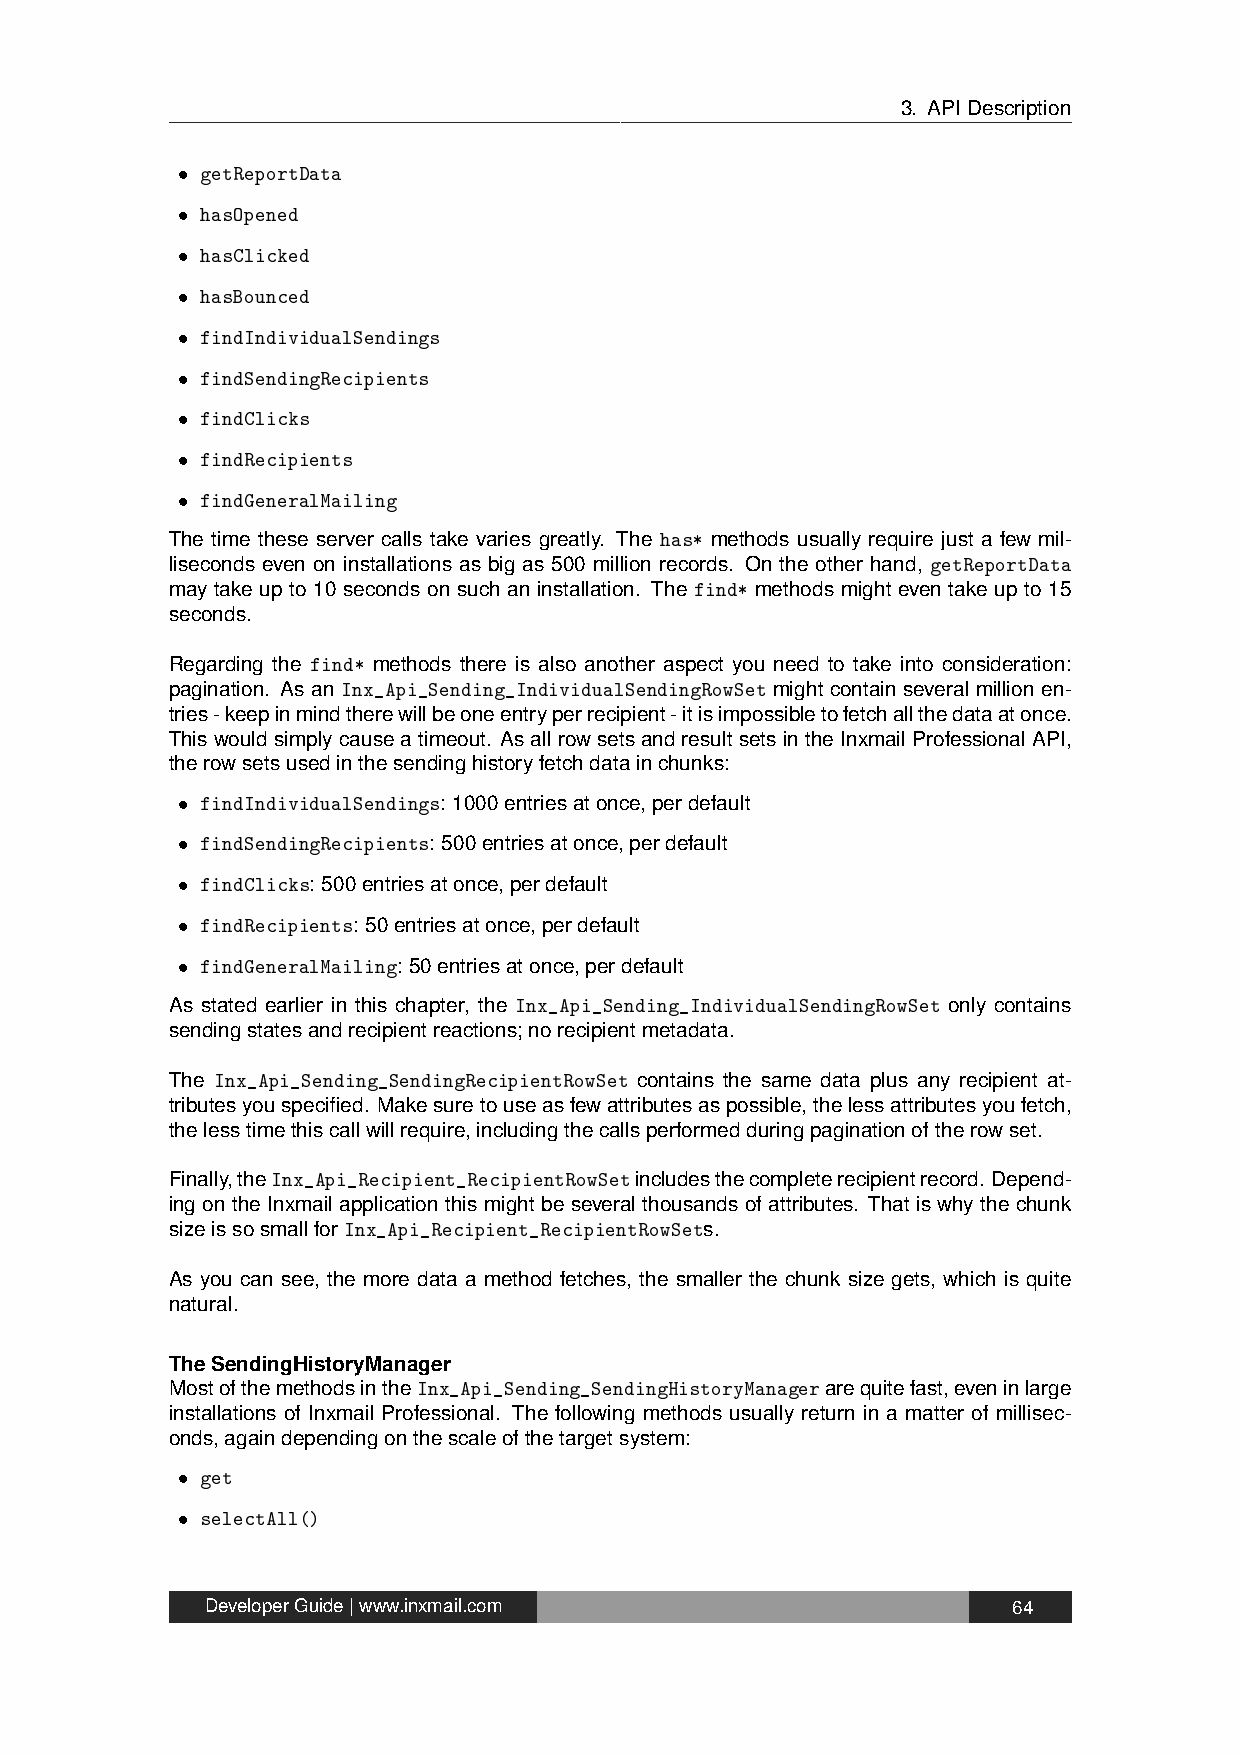
3. APIDescription
 • getReportData
 • hasOpened
 • hasClicked
 • hasBounced
 • findIndividualSendings
 • findSendingRecipients
 • findClicks
 • findRecipients
 • findGeneralMailing
 The time these server calls take varies greatly. The has* methods usually require just a few mil-
 liseconds even on installations as big as 500 million records. On the other hand, getReportData
 may take up to 10 seconds on such an installation. The find* methods might even take up to 15
 seconds.
 Regarding the find* methods there is also another aspect you need to take into consideration:
 pagination. As an Inx_Api_Sending_IndividualSendingRowSet might contain several million en-
 tries-keepinmindtherewillbeoneentryperrecipient-itisimpossibletofetchallthedataatonce.
 Thiswouldsimplycauseatimeout. AsallrowsetsandresultsetsintheInxmailProfessionalAPI,
 therowsetsusedinthesendinghistoryfetchdatainchunks:
 • findIndividualSendings: 1000entriesatonce,perdefault
 • findSendingRecipients: 500entriesatonce,perdefault
 • findClicks: 500entriesatonce,perdefault
 • findRecipients: 50entriesatonce,perdefault
 • findGeneralMailing: 50entriesatonce,perdefault
 As stated earlier in this chapter, the Inx_Api_Sending_IndividualSendingRowSet only contains
 sendingstatesandrecipientreactions;norecipientmetadata.
 The Inx_Api_Sending_SendingRecipientRowSet contains the same data plus any recipient at-
 tributesyouspecified. Makesuretouseasfewattributesaspossible,thelessattributesyoufetch,
 thelesstimethiscallwillrequire,includingthecallsperformedduringpaginationoftherowset.
 Finally,theInx_Api_Recipient_RecipientRowSetincludesthecompleterecipientrecord. Depend-
 ing on the Inxmail application this might be several thousands of attributes. That is why the chunk
 sizeissosmallforInx_Api_Recipient_RecipientRowSets.
 As you can see, the more data a method fetches, the smaller the chunk size gets, which is quite
 natural.
 TheSendingHistoryManager
 MostofthemethodsintheInx_Api_Sending_SendingHistoryManagerarequitefast,eveninlarge
 installations of Inxmail Professional. The following methods usually return in a matter of millisec-
 onds,againdependingonthescaleofthetargetsystem:
 • get
 • selectAll()
 DeveloperGuide|www.inxmail.com                       64